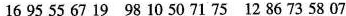
16 95 55 67 19 98 10 50 71 75 12 86 73 58 07